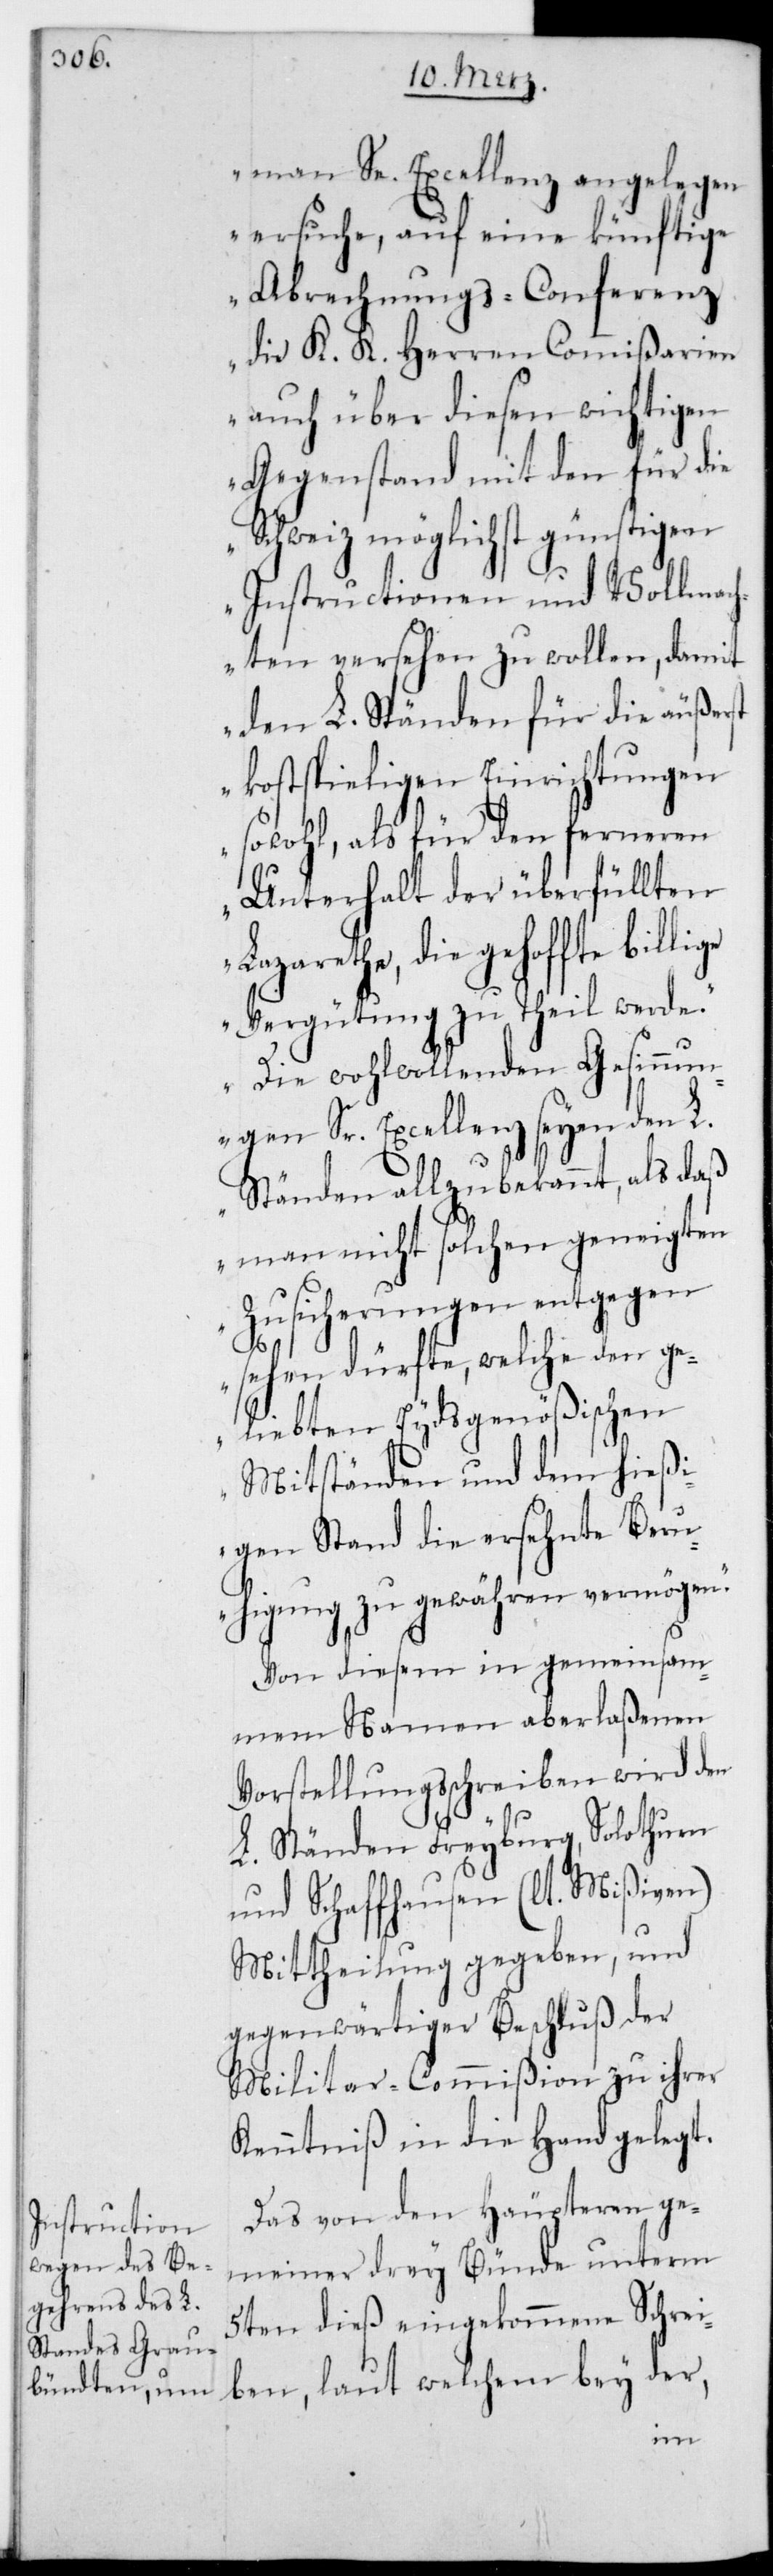
ge

man Se. Excellenz angelegen
ersuche, auf eine künftige
Abrechnungs-Conferenz
die K. K. Herren Commißarien
auch über diesen wichtigen
Gegenstand mit den für die
Schweiz möglichst günstigen
Instructionen und Vollmac¬
hten versehen zu wollen, damit
den L. Ständen für die äußerst
kostspieligen Einrichtungen
sowohl, als für den ferneren
Unterhalt der überfüllten
Lazarethe, die gehoffte billi¬
Vergütung zutheil werde.
Die wohlwollenden Gesinnun¬
gen Sr. Excellenz seyen den L.
Ständen allzu bekannt, als daß
man nicht solchen geneigten
Zusicherungen entgegen
sehen dürfte, welche den ge¬
liebten Eydsgenößischen
Mitständen und dem hießi¬
gen Stand die ersehnte Beru¬
higung zu gewähren vermögen“.
Von diesem in gemeinsam¬
em Namen aberlaßenen
Vorstellungsschreiben wird den
L. Ständen Freyburg, Solothurn
und Schaffhausen (lt. Mißiven)
Mittheilung gegeben, und
gegenwärtiger Beschluß der
Militar-Commißion zu ihrer
Kenntniß in die Hand gelegt.
Das von den Häupteren ge¬
meiner drey Bünde unterm
5ten dieß eingekommene Schrei¬
ben, laut welchem bey der,